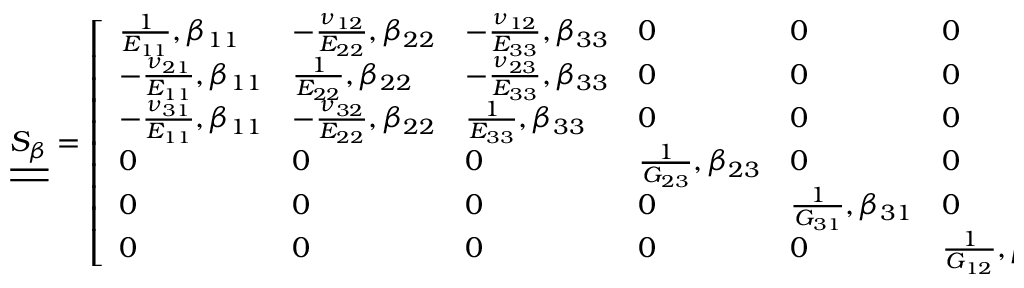
\underline { { \underline { { S _ { \beta } } } } } = \left[ \begin{array} { l l l l l l } { \frac { 1 } { E _ { 1 1 } } , \beta _ { 1 1 } } & { - \frac { \nu _ { 1 2 } } { E _ { 2 2 } } , \beta _ { 2 2 } } & { - \frac { \nu _ { 1 2 } } { E _ { 3 3 } } , \beta _ { 3 3 } } & { 0 } & { 0 } & { 0 } \\ { - \frac { \nu _ { 2 1 } } { E _ { 1 1 } } , \beta _ { 1 1 } } & { \frac { 1 } { E _ { 2 2 } } , \beta _ { 2 2 } } & { - \frac { \nu _ { 2 3 } } { E _ { 3 3 } } , \beta _ { 3 3 } } & { 0 } & { 0 } & { 0 } \\ { - \frac { \nu _ { 3 1 } } { E _ { 1 1 } } , \beta _ { 1 1 } } & { - \frac { \nu _ { 3 2 } } { E _ { 2 2 } } , \beta _ { 2 2 } } & { \frac { 1 } { E _ { 3 3 } } , \beta _ { 3 3 } } & { 0 } & { 0 } & { 0 } \\ { 0 } & { 0 } & { 0 } & { \frac { 1 } { G _ { 2 3 } } , \beta _ { 2 3 } } & { 0 } & { 0 } \\ { 0 } & { 0 } & { 0 } & { 0 } & { \frac { 1 } { G _ { 3 1 } } , \beta _ { 3 1 } } & { 0 } \\ { 0 } & { 0 } & { 0 } & { 0 } & { 0 } & { \frac { 1 } { G _ { 1 2 } } , \beta _ { 1 3 } } \end{array} \right]